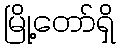
မြို့တော်ရှိ